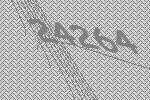
24264